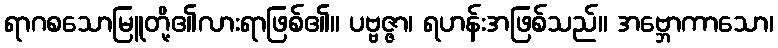
ရာဂစသောမြူတို့၏လားရာဖြစ်၏။ ပဗ္ဗဇ္ဇာ၊ ရဟန်းအဖြစ်သည်။ အဗ္ဘောကာသော၊